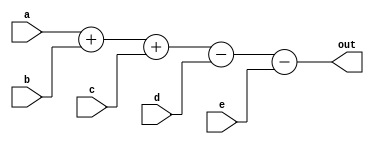
`timescale 1ns / 1ps
//////////////////////////////////////////////////////////////////////////////////
// Company: 
// Engineer: 
// 
// Design Name: 
// Module Name:    normaladder 
// Project Name: 
// Target Devices: 
// Tool versions: 
// Description: 
//
// Dependencies: 
//
// Revision: 
// Revision 0.01 - File Created
// Additional Comments: 
//
//////////////////////////////////////////////////////////////////////////////////
module normaladder
#(parameter bitwidth =12)
(
input signed [bitwidth -1:0] a,b,c,d,e,
output [bitwidth+3 -1:0] out
    );
assign out = a+b+c-d-e;

endmodule